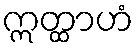
ဣတ္ထာဟံ